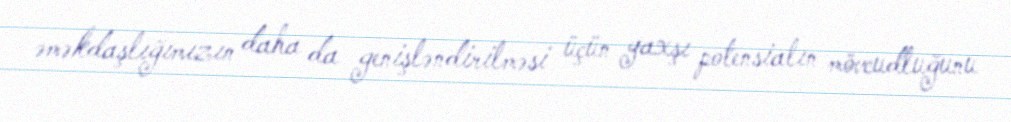
əməkdaşlığımızın daha da genişləndirilməsi üçün yaxşı potensialın mövcudluğunu